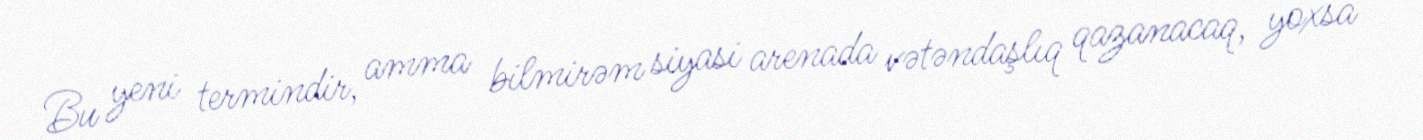
Bu yeni termindir, amma bilmirəm siyasi arenada vətəndaşlıq qazanacaq, yoxsa